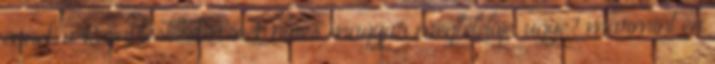
ennek a Rumplestiltskin-nek nincs magyar megfelelője, ugye? mármint én